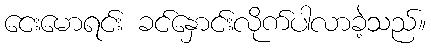
ငေးမောရင်း ခင်နှောင်းလိုက်ပါလာခဲ့သည်။